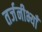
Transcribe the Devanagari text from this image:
तर्जनीभ्याँ